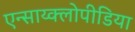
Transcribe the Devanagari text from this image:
एन्साय्क्लोपीडिया